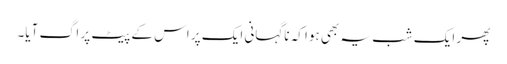
پھر ایک شب یہ بھی ہوا کہ ناگہانی ایک پر اس کے پیٹ پر اگ آیا۔